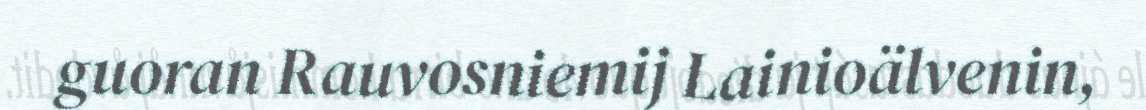
guoran Rauvosniemij Lainioälvenin,